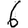
Digit: 6